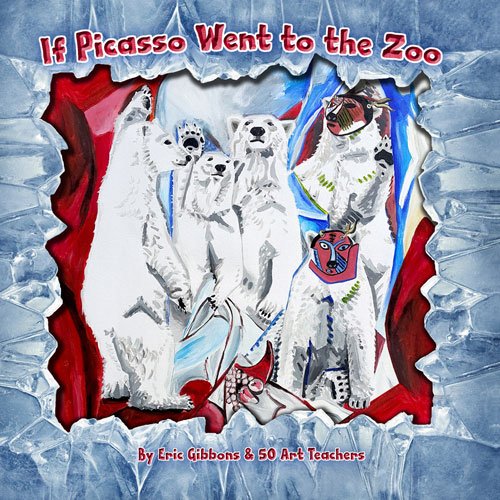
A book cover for If Picasso Went to the Zoo: An illustrated introduction to art history for children by art teachers; Eric Gibbons; Children's Books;